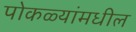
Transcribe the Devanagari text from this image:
पोकळ्यांमधील